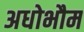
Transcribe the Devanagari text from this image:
अधोभौम